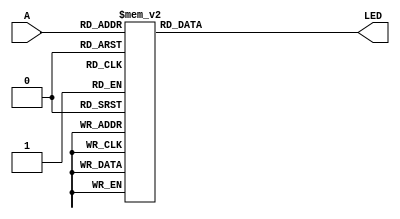
module SHUMA7SG (A,LED);
	input [3:0] A;
	output [6:0] LED;
	reg [6:0] LED;
	always @(A)
	case(A)
	4'B0000 : LED <= 7'B0000000;
	4'B0001 : LED <= 7'B1000000;
	4'B0010 : LED <= 7'B0100000;
	4'B0011 : LED <= 7'B0010000;
	4'B0100 : LED <= 7'B0001000;
	4'B0101 : LED <= 7'B0000100;
	4'B0110 : LED <= 7'B0000010;
	4'B0111 : LED <= 7'B0000001;
	4'B1000 : LED <= 7'B1111111;
	4'B1001 : LED <= 7'B1111110;
	4'B1010 : LED <= 7'B1111101;
	4'B1011 : LED <= 7'B1111011;
	4'B1100 : LED <= 7'B0110111;
	4'B1101 : LED <= 7'B1101111;
	4'B1110 : LED <= 7'B1011111;
	4'B1111 : LED <= 7'B0111111;
	default : LED <= 7'B1111111;
	endcase
endmodule